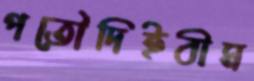
পতৌদিইবীম